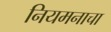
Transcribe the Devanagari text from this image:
नियमनाचा